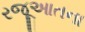
રજૂઆતના